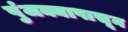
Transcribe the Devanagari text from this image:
पुंजक्यापासून